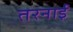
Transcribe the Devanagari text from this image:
तरनाई